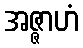
အဇ္ဇာဟံ